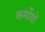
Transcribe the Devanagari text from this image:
कर्मोयों